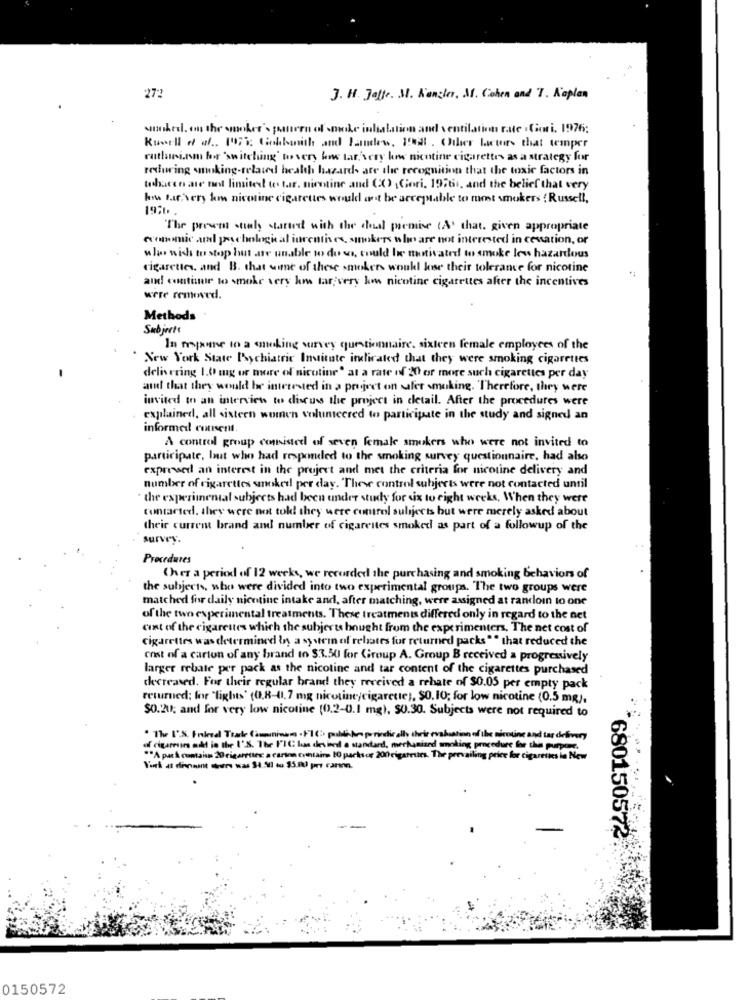
272
J. H. Jaffe. M. Kancler. M. Cohen and T. Koplan
smoked, on the smoker's queen of smoke inhalation and ventilation rute Ciori, 1976;
Kuwell of af .. 197'%: Gobbanith and Pandew, 18 . Other factors that temper
ruthwirm bor "switching' to very bis tar,very kow nicotine cigarettes as a strategy for
reduring smoking-related health hazards are the recognition that the toxic factors in
whiten are not limited to tar. nicotine and (X) , Gori. 19760, and the belief that very
how far very km nicotine cigarettes would art be acceptable to most smokers Russell,
The present staly started with the deal premise LA' that. given appropriate
comme and paschologie al furcatives, smokers who are not interested in cessation, or
who wish to stop but are unable to do ws, could be motivated to smoke low hazardous
cigarettes, and B. that some of these smokers would lose their tolerance for nicotine
and continue to smoke very low tar; very kow nicotine cigarettes after the incentives
were removed.
Methods
Subjects
In response to a smoking survey questionnaire. sixteen female employees of the
New York State Psychiatric Institute indicated that they were smoking cigarettes
delivering 1.0 mg or more of nicotine' at a rate of 20 or more such cigarettes per day
and that they would be interested in a project on safer smoking. Therefore, they were
invited to an interview to discuss the project in detail. After the procedures were
explained, all sisteen women volunteered to participate in the study and signed an
informed consent.
A control group consisted of seven female smokers who were not invited to
participate, but who had responded to the smoking survey questionnaire, had also
expressed an interest in the project and met the criteria for nicotine delivery and
number of cigarettes smoked per day. Theve control subjects were not contacted until
* the experimental subjects had been under study for six to eight weeks, When they were
contacted. they were not told they were control sulijects but were merely asked about
their current brand and number of cigarettes smoked as part of a followup of the
survey.
Procedures
Cher a period of 12 weeks, we recorded the purchasing and smoking behaviors of
the subjects, who were divided into two experimental groups. The two groups were
matched for daily nicotine intake and, after matching, were assigned at randoin to one
of the two experimental treatments. These treatments differed only in regard to the net
cent of the cigarettes which the subjects bought from the experimenters. The net cost of
cigarettes was determined in a system of rebates for returned packs"" that reduced the
cost of a carton of any brand to $3.50 for Group A. Group B received a progressively
larger rebate per pack as the nicotine and tar content of the cigarettes purchased
decreased. For their regular brand they received a rebate of $0.05 per empty pack
returned: for "lights' (0.8-0,7 mg nicotine/cigarette), $0. 10; for low nicotine (0.5 mg),
$0.20; and for very low nicotine (0.2-0.1 mg), $0.30. Subjects were not required to
" The 1'S Failed Toale Comuninam . FlCi: politi Am periodically their evaluation of the nicotine and tar delivery
of ciceroes and is the 1'S. The I'IC has deviend a standard, mechanised smoking procedure for the purpose.
"A pat & cuntaisa 20 cigareting a carion cuentains 10 packsur 200 cigateurs. The prevailing price for cigarettes in New
680150572
0150572